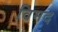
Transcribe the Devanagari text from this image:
विमद